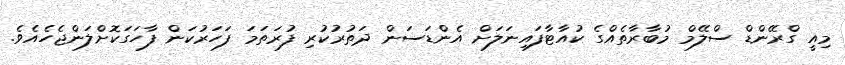
މިއީ ގްރޭންޑް ސްލޭމް މުބާރާތެއްގެ ކުއާޓާފައިނަލަށް އެންޑަސަން ދަތުރުކުރި ފުރަތަމަ ފަހަރުކަން ފާހަގަކޮށްލަންޖެހެއެވެ.